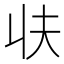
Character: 𰀣